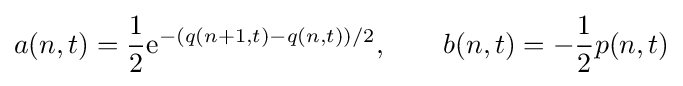
a(n,t)={\frac {1}{2}}{\rm {e}}^{-(q(n+1,t)-q(n,t))/2},\qquad b(n,t)=-{\frac {1}{2}}p(n,t)